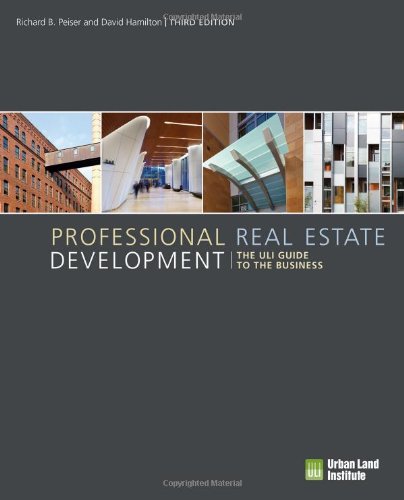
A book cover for Professional Real Estate Development: The ULI Guide to the Business, 3rd Edition; Richard Peiser; Arts & Photography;